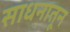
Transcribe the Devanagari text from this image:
साधनातून